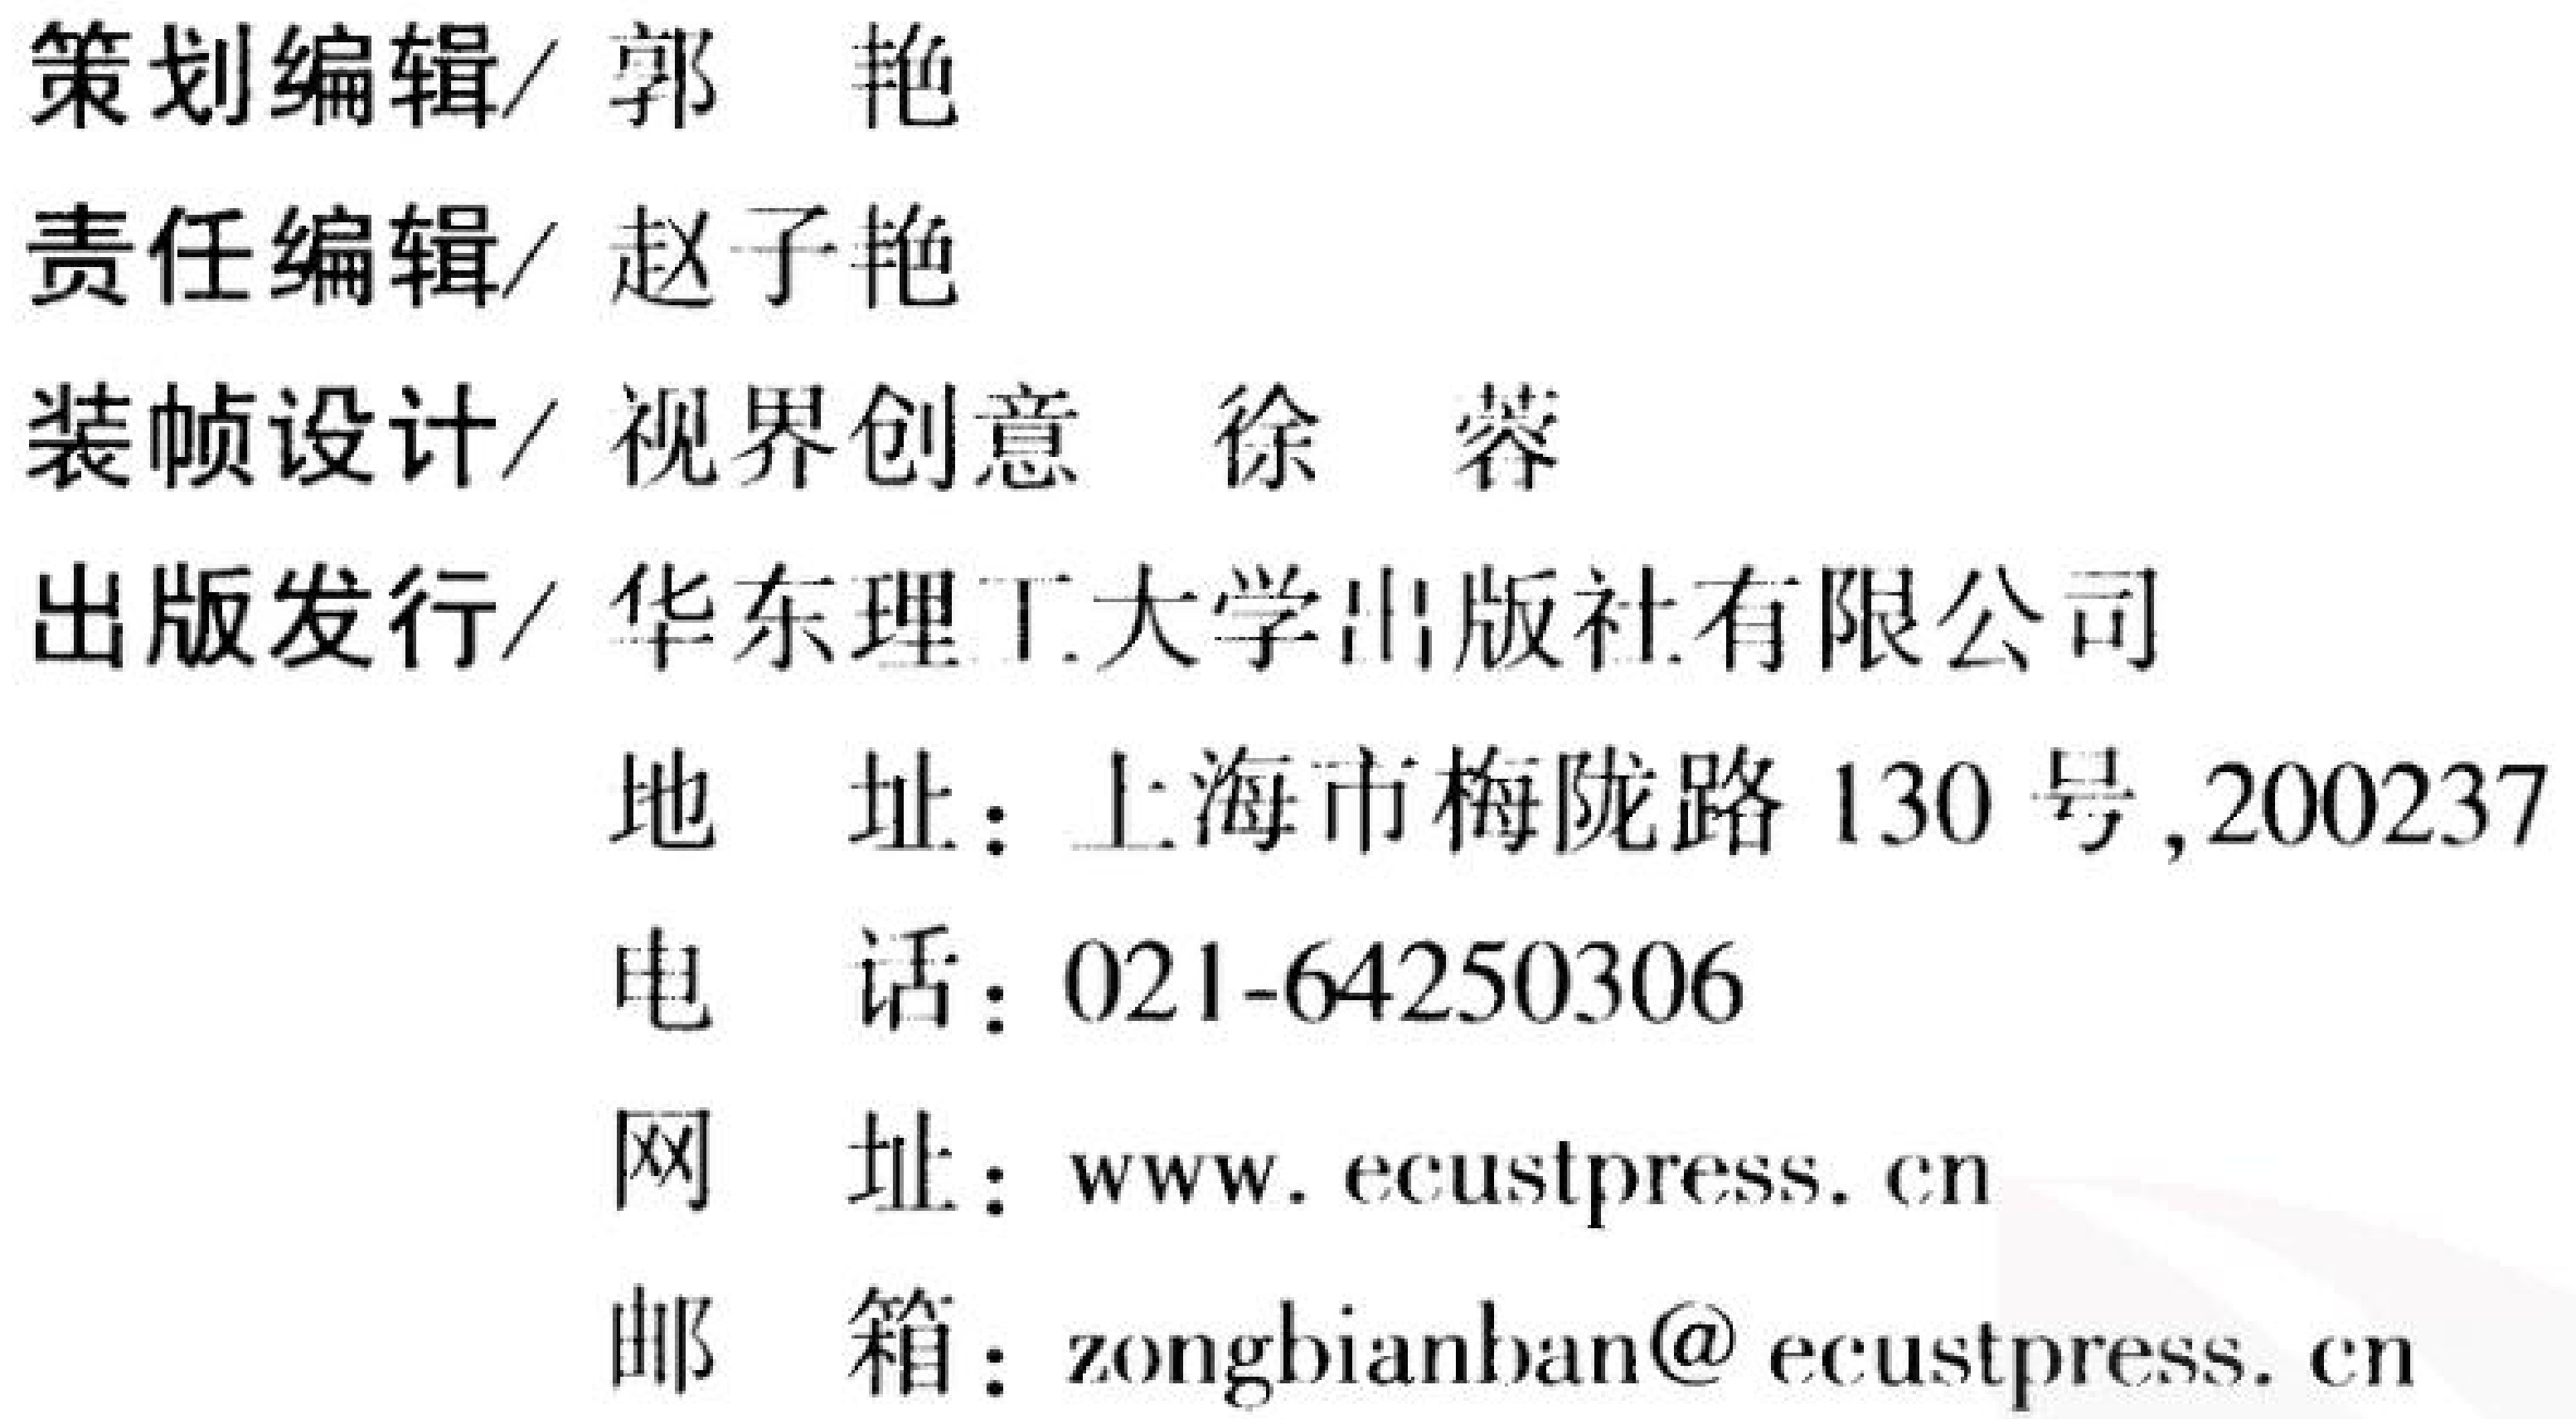
策划编辑/ 郭 艳
责任编辑/ 赵子艳
装帧设计/ 视界创意 徐 蓉
出版发行/ 华东理工大学出版社有限公司
地 址：上海市梅陇路130号,200237
电 话：021-64250306
网 址：www.ecustpress.cn
邮 箱：zongbianban@ecustpress.cn